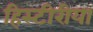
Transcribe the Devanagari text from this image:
हिस्टीरीया